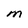
Character: M